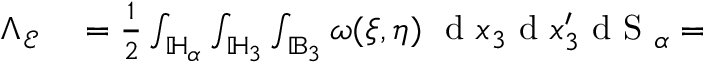
\begin{array} { r l } { \Lambda _ { \mathcal { E } } } & { { } = \frac { 1 } { 2 } \int _ { \mathbb { H } _ { \alpha } } \int _ { \mathbb { H } _ { 3 } } \int _ { \mathbb { B } _ { 3 } } \omega ( \boldsymbol { \xi } , \boldsymbol { \eta } ) \ \textup { d } x _ { 3 } \textup { d } x _ { 3 } ^ { \prime } \textup { d S } _ { \alpha } = } \end{array}